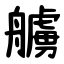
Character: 艣